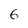
Character: 6